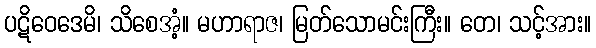
ပဋိဝေဒေမိ၊ သိစေအံ့။ မဟာရာဇ၊ မြတ်သောမင်းကြီး။ တေ၊ သင့်အား။